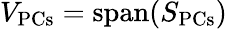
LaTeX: V_{\mathrm{PCs}}=\operatorname{span}(S_{\mathrm{PCs}})